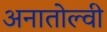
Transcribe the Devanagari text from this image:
अनातोल्वी